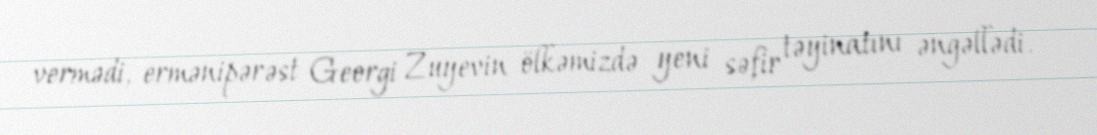
vermədi, ermənipərəst Georgi Zuyevin ölkəmizdə yeni səfir təyinatını əngəllədi.